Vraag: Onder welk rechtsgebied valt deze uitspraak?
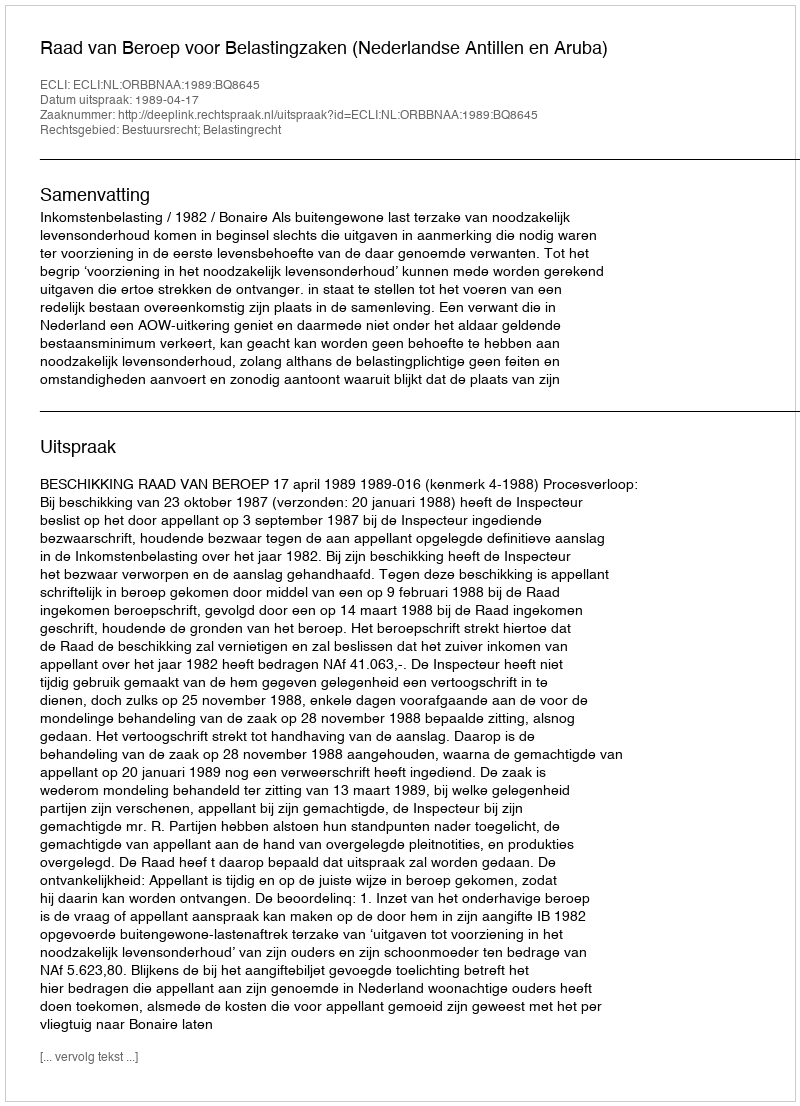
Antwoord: Bestuursrecht; Belastingrecht